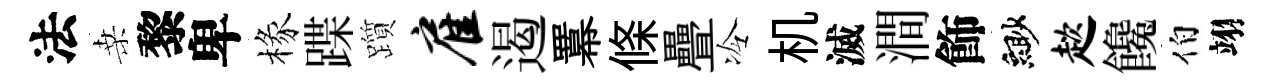
法桑黎卑椽蹀躓雇遏羃條疊冷机滅澗飾緲趑饞伯翊